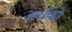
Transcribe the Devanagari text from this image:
अर्चकों